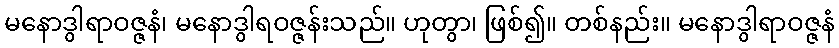
မနောဒွါရာဝဇ္ဇနံ၊ မနောဒွါရဝဇ္ဇန်းသည်။ ဟုတွာ၊ ဖြစ်၍။ တစ်နည်း။ မနောဒွါရာဝဇ္ဇနံ